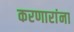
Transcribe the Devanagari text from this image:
करणारांना